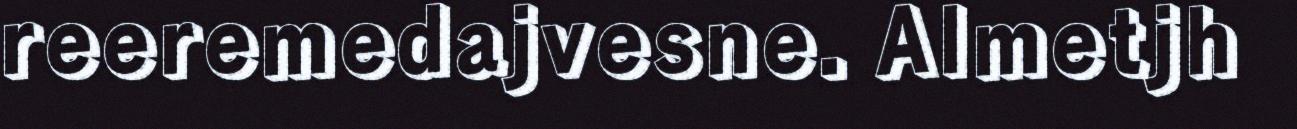
reeremedajvesne. Almetjh